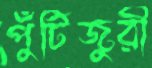
পুঁটিজুরী